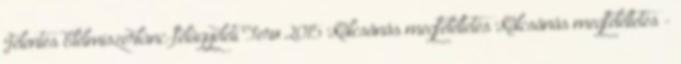
Jelentés Élelmiszerlánc-felügyeleti Terv 2015 Kölcsönös megfeleltetés Kölcsönös megfeleltetés -